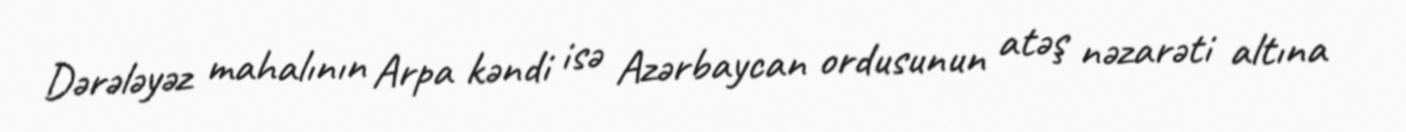
Dərələyəz mahalının Arpa kəndi isə Azərbaycan ordusunun atəş nəzarəti altına